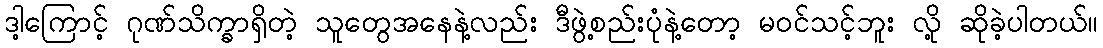
ဒါ့ကြောင့် ဂုဏ်သိက္ခာရှိတဲ့ သူတွေအနေနဲ့လည်း ဒီဖွဲ့စည်းပုံနဲ့တော့ မဝင်သင့်ဘူး လို့ ဆိုခဲ့ပါတယ်။